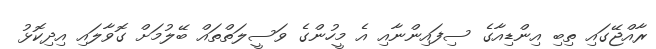
ރާއްޖޭގައި ތިބި އިންޑިއާގެ ސިފައިންނާއި އެ މީހުންގެ ވަސީލަތްތައް ބޭލުމަށް ގޮވާލައި އިދިކޮޅު